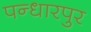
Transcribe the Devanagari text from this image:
पन्धारपुर